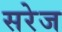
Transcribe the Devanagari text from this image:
सरेज